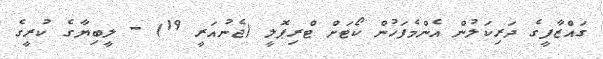
ގައްޒާފީގެ ދަރިކަލުން އެންމެފަހުން ކޯޓަށް ޓްރިޕޮލީ (ޖެނުއަރީ 19) - ލީބިޔާގެ ކުރީގެ